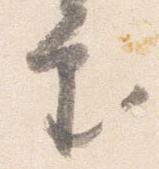
審